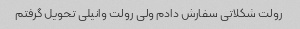
رولت شکلاتی سفارش دادم ولی رولت وانیلی تحویل گرفتم